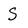
Character: S